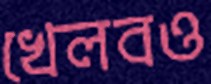
খেলবও